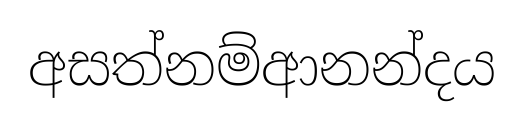
අසත්නම්ආනන්දය